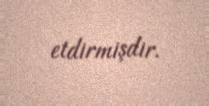
etdirmişdir.